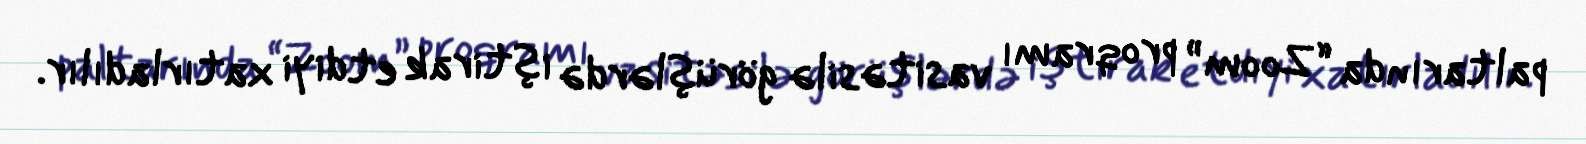
paltarında “Zoom” proqramı vasitəsilə görüşlərdə iştirak etdiyi xatırladılır.